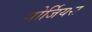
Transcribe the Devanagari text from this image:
गोर्जियस